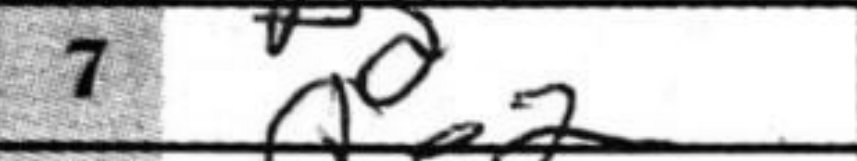
Transcription: Qe2